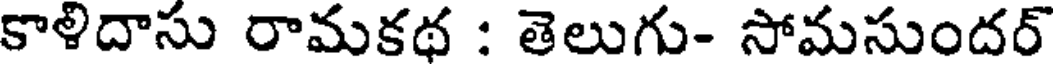
కాళిదాసు రామకథ : తెలుగు- సోమసుందర్